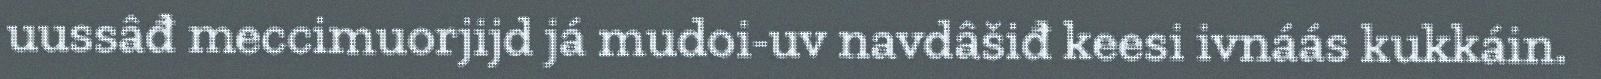
uussâđ meccimuorjijd já mudoi-uv navdâšiđ keesi ivnáás kukkáin.